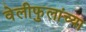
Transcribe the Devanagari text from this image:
वेलीफुलांच्या